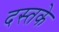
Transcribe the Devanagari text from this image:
दस्तके